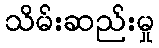
သိမ်းဆည်းမှု